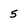
Character: 5